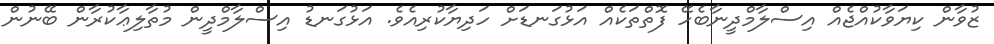
ޒުވާން ކިޔަވާކުއްޖެއް އިސްލާމްދީނާބެހޭ ފޮތްތަކެއް އަޅުގަނޑަށް ހަދިޔާކުރިއެވެ. އަޅުގަނޑު އިސްލާމްދީން މުތާލިޢާކުރާން ބޭނުން